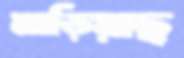
মাড়িয়াছ